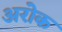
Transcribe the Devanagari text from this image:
अरोक